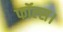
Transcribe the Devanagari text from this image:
फॉल्स।